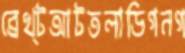
ব্রেখ্টআটতলাডিগনগ